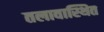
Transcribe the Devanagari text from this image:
तलावास्थित